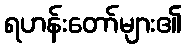
ရဟန်းတော်များ၏